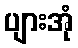
ပျားအုံ